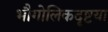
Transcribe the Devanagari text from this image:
भौगोलिकदृष्टया